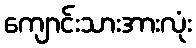
ကျောင်းသားအားလုံး